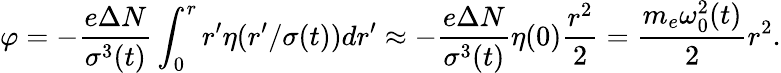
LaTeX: \varphi=-\frac{e\Delta N}{\sigma^{3}(t)}\int_{0}^{r}r^{\prime}\eta(r^{\prime}/\sigma(t))dr^{\prime}\approx-\frac{e\Delta N}{\sigma^{3}(t)}\eta(0)\frac{r^{2}}{2}=\frac{m_{e}\omega_{0}^{2}(t)}{2}r^{2}.